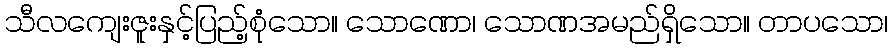
သီလကျေးဇူးနှင့်ပြည့်စုံသော။ သောဏော၊ သောဏအမည်ရှိသော။ တာပသော၊